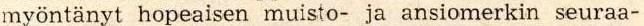
myöntänyt hopeaisen muisto- ja ansiomerkin seuraa-